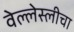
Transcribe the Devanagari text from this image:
वेल्लेस्लीचा